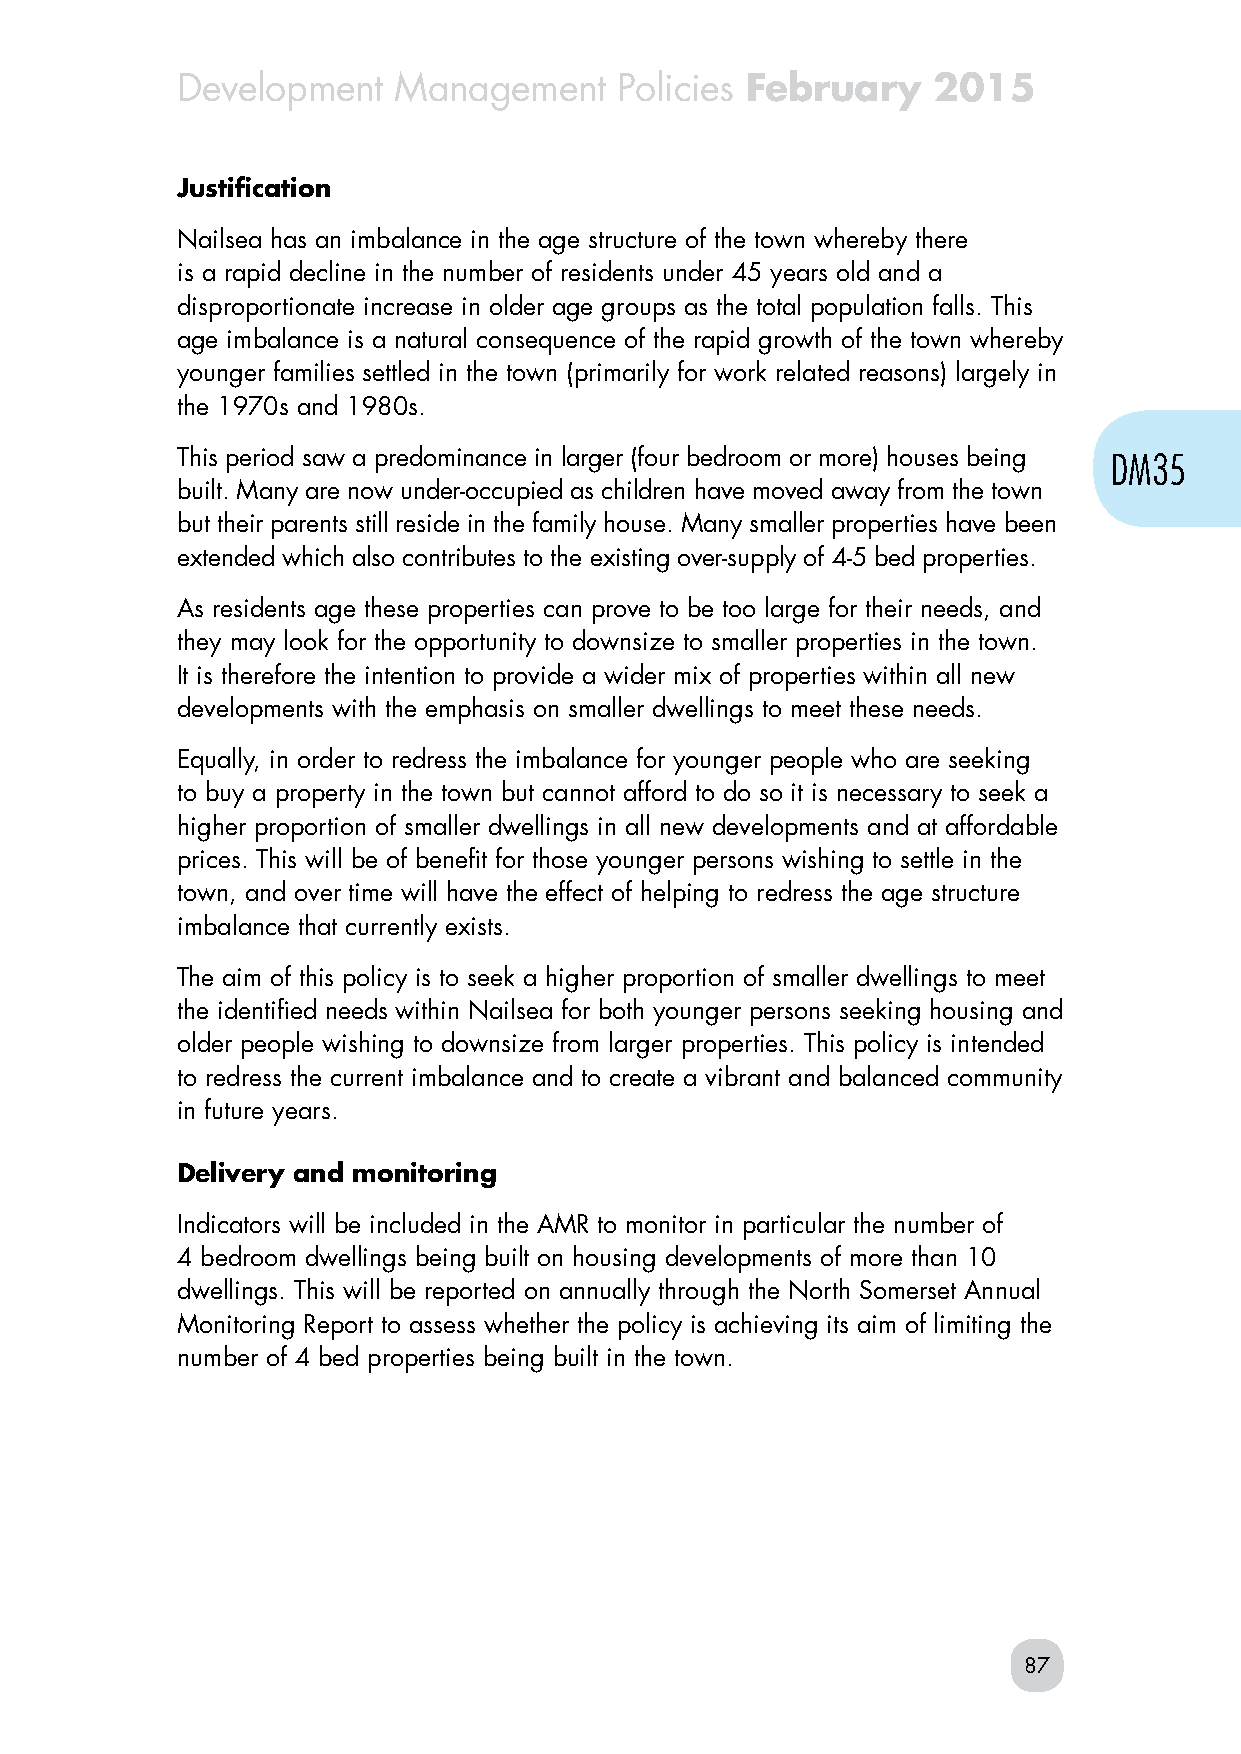
Development   Management     Policies February    2015
 Justification
 Nailsea has an imbalance in the age structure of the town whereby there
 is a rapid decline in the number of residents under 45 years old and a
 disproportionate increase in older age groups as the total population falls. This
 age imbalance is a natural consequence of the rapid growth of the town whereby
 younger families settled in the town (primarily for work related reasons) largely in
 the 1970s and 1980s.
 This period saw a predominance in larger (four bedroom or more) houses being DM35
 built. Many are now under-occupied as children have moved away from the town
 but their parents still reside in the family house. Many smaller properties have been
 extended which also contributes to the existing over-supply of 4-5 bed properties.
 As residents age these properties can prove to be too large for their needs, and
 they may look for the opportunity to downsize to smaller properties in the town.
 It is therefore the intention to provide a wider mix of properties within all new
 developments with the emphasis on smaller dwellings to meet these needs.
 Equally, in order to redress the imbalance for younger people who are seeking
 to buy a property in the town but cannot afford to do so it is necessary to seek a
 higher proportion of smaller dwellings in all new developments and at affordable
 prices. This will be of benefit for those younger persons wishing to settle in the
 town, and over time will have the effect of helping to redress the age structure
 imbalance that currently exists.
 The aim of this policy is to seek a higher proportion of smaller dwellings to meet
 the identified needs within Nailsea for both younger persons seeking housing and
 older people wishing to downsize from larger properties. This policy is intended
 to redress the current imbalance and to create a vibrant and balanced community
 in future years.
 Delivery and monitoring
 Indicators will be included in the AMR to monitor in particular the number of
 4 bedroom dwellings being built on housing developments of more than 10
 dwellings. This will be reported on annually through the North Somerset Annual
 Monitoring Report to assess whether the policy is achieving its aim of limiting the
 number of 4 bed properties being built in the town.
 87